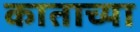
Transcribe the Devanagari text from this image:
काताच्या